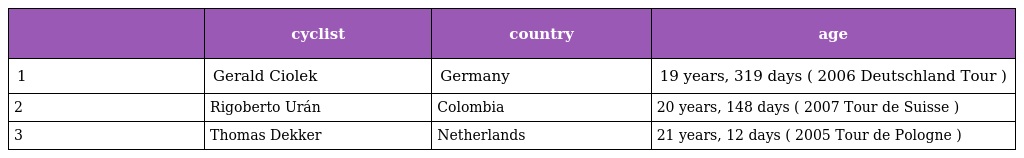
|  | cyclist | country | age |
 | --- | --- | --- | --- |
 | 1 | Gerald Ciolek | Germany | 19 years, 319 days ( 2006 Deutschland Tour ) |
 | 2 | Rigoberto Urán | Colombia | 20 years, 148 days ( 2007 Tour de Suisse ) |
 | 3 | Thomas Dekker | Netherlands | 21 years, 12 days ( 2005 Tour de Pologne ) |